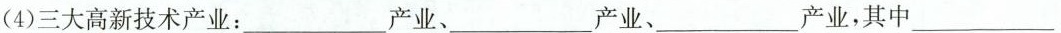
(4)三大高新技术产业：___产业、___产业、___产业，其中___